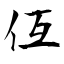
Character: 仾